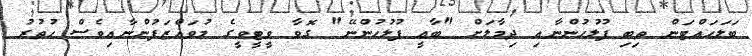
ބަލަހައްޓަން ތިބި ފުލުހުންނާއި ދިމާލަށް "ބާޢީ ފުލުހުންނޭ" ގޮވާ ވީޓީވީގެ މުވައްޒަފުންނާއިވެސް ހުތުރު